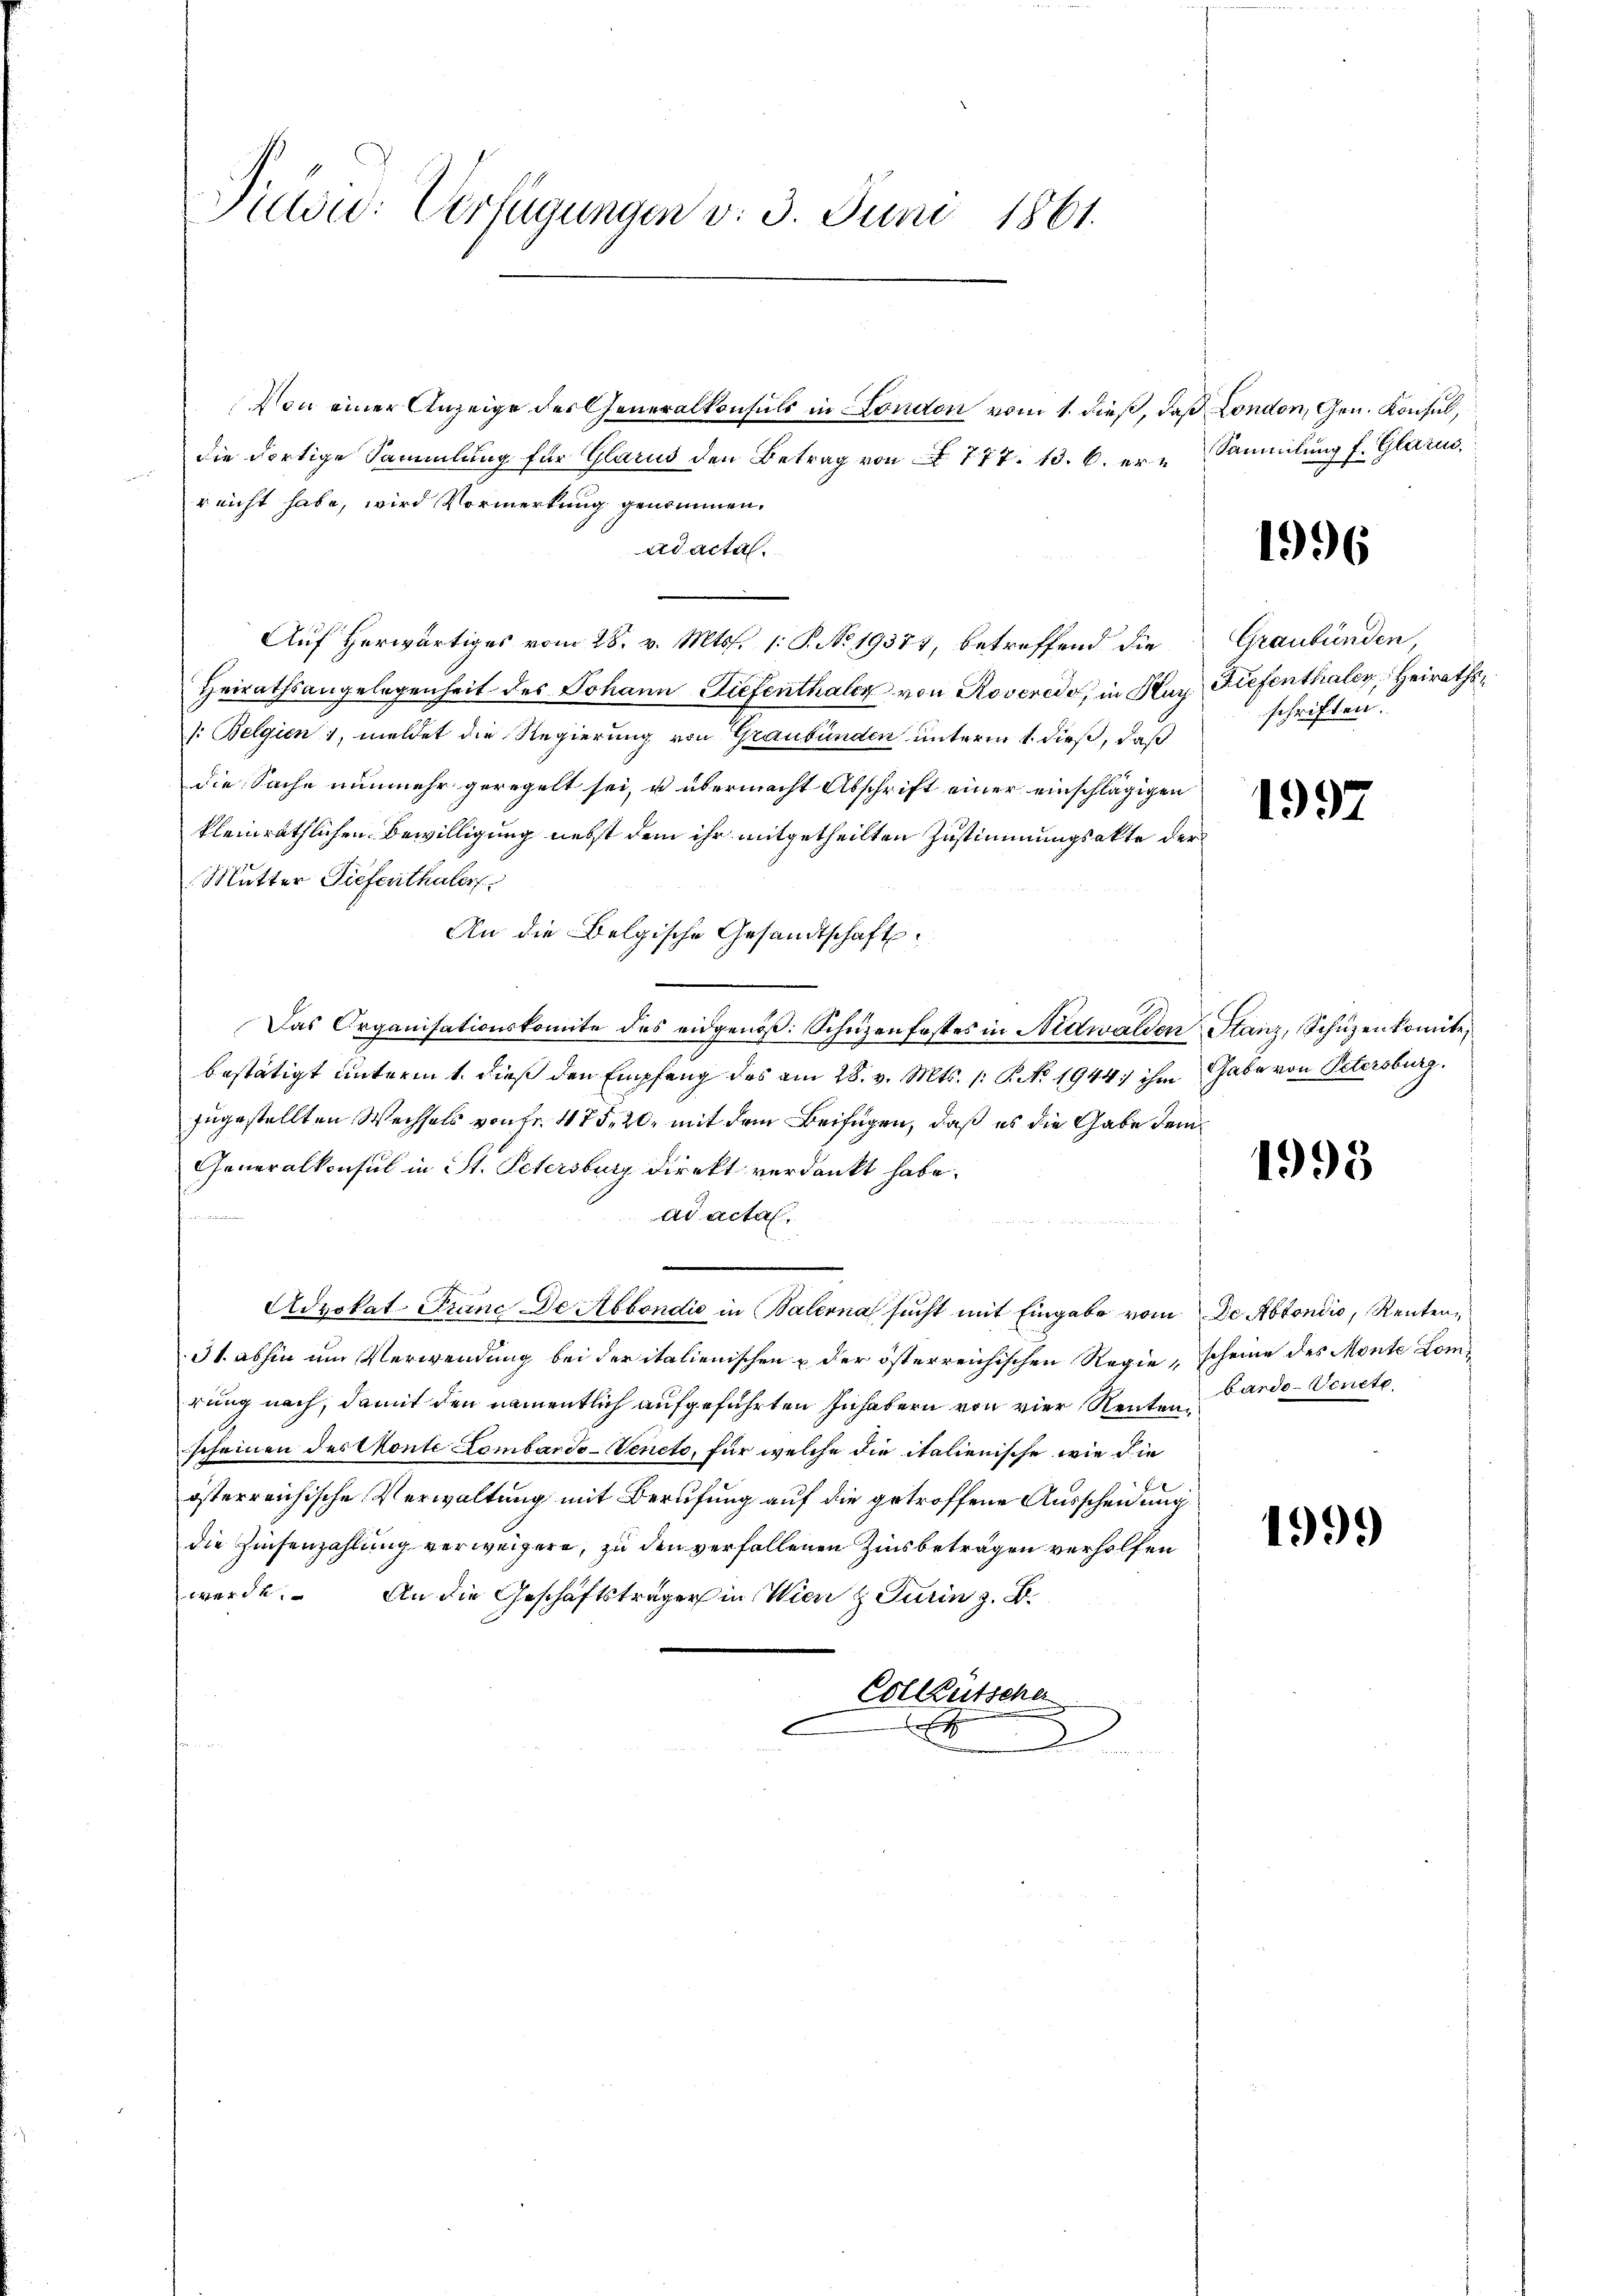
Piclou: Verfügungen v. 3. Juni 1861.

die dortige Sammlung für Glarus den Betrag von § 777. 13. 6. er-Sammlung f. Glarus,
reicht habe, wird Vormerkung genommen.
ad acta.
Auf Herwärtiges vom 28. v. Mts. 1. P. No. 19374, betreffend die
Heirathsangelegenheit des Johann Tiefenthaler von Roveredo, in Max Tiefenthaler, Heiraths¬
/: Belgien, meldet die Regierung von Graubünden unterm 1. dieß, daß
die Sache nunmehr geregelt sei, u übermacht Abschrift einer einschlägigen
kleinräthlichen Bewilligung nebst dem ihr mitgetheilten Zustimmungsakte der
Mutter Tiefenthaler
An die Belgische Gesandtschaft
Das Organisationskomite des eidgenöβ: Schüzenfostes in Nidwalden Stanz, Schüzenkomite,
bestätigt unterm 1. dieß den Empfang des am 28. v. Mts. 1: P. No 1944 ihm habe von Petersburg.
zugestellten Wechsels von Fr. 475, 20 mit dem Beifügen, daß es die Gabe dem
Generalkonsul in St. Petersburg direkt verdankt habe.
un
ad acta.
Advokat Franc De Abbondio in Balerna sucht mit Eingabe vom De Abtondio, Renten¬
31. abhin um Verwendung bei der italienischen u der österreichischen Regie, scheine des Monte Lomrung nach, damit den namentlich aufgeführten Inhabern von vier Renten Gardo-Venete.
scheinen des Monte Lombardo-Veneto, für welche die italienische wie die
österreichische Verwaltung mit Berufung auf die getroffene Ausscheidung
die Zinsenzahlung verweigern, zu den verfallenen Zinsbeträgen verholfen
werde. An die Geschäftsträger in Wien & Turin z. B.
Colleütsche

Von einer Anzeige der Generalkonsuls in London vom 1. dieß, daß London, Gen. Konsul,

x
do 13

1996

Graubünden,
schriften.

1997

1993

1999